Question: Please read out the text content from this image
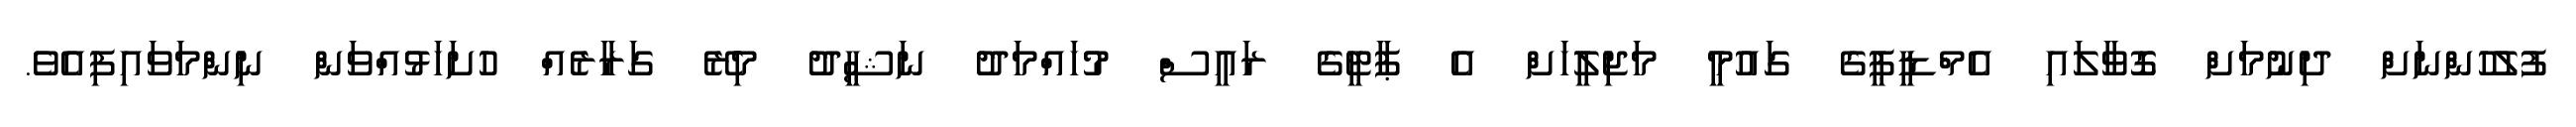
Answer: ފުލުހުންނަށް ދިނުމަށް ގޮވާލައި އެމްޑީޕީގެ ގައުމީ މަޖިލީހަށް އެ ޕާޓީގެ ރައީސް މުހައްމަދު ނަޝީދު މިރޭ ގަރާރެއް ހުށަހަޅުއްވަން ނިންމަވައިފިއެވެ.